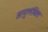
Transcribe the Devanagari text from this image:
अनुलंबित